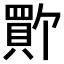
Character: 𫎚